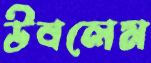
উবলেম